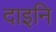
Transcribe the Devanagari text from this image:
दाइनि